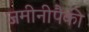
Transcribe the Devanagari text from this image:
जमीनीपैकी